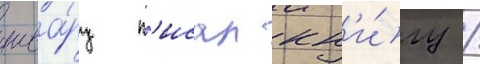
шва́рц п'исал кн'и́гу /